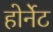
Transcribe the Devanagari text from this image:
होर्नेट